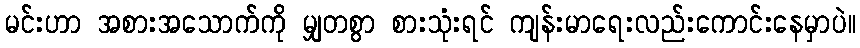
မင်းဟာ အစားအသောက်ကို မျှတစွာ စားသုံးရင် ကျန်းမာရေးလည်းကောင်းနေမှာပဲ။